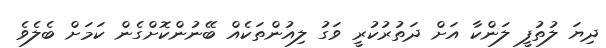
ދިޔަ ލުތުފީ ލަންކާ އަށް ދަތުރުކުރީ ވަގު ލިއުންތަކެއް ބޭނުންކޮށްގެން ކަމަށް ބެލެވެ